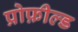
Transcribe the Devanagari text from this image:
प्रोफ़ील्ड